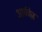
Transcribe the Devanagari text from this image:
आर्चवेज़